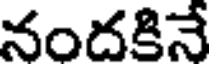
నందకినే